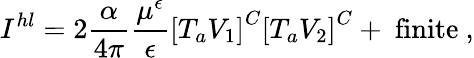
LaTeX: I^{hl}=2\frac{\alpha}{4\pi}\frac{\mu^{\epsilon}}{\epsilon}\left[T_{a}V_{1}\right]^{C}\left[T_{a}V_{2}\right]^{C}+\mathrm{~finite~},